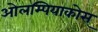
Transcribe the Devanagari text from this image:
ओलम्पियाकोस्